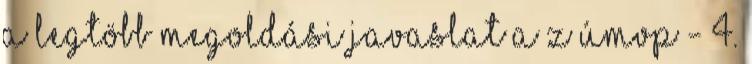
A legtöbb megoldási javaslat a z ÚMVP - 4.